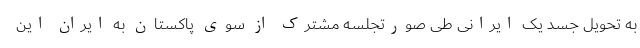
به تحویل جسد یک ایرانی طی صورتجلسه مشترک از سوی پاکستان به ایران این